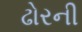
ઢોરની